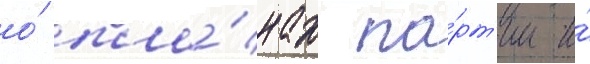
о́ пла́нах па́рт'ии и́